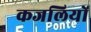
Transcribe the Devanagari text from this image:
कजलियों